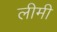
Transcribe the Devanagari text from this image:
लीमी